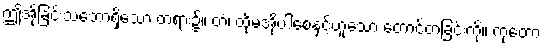
ဤအိုခြင်းသဘောရှိသော တရား၌။ တံ၊ ထိုမအိုပါစေနှင့်ဟူသော တောင့်တခြင်းကို။ ကုတော